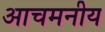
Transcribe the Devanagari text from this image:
आचमनीय